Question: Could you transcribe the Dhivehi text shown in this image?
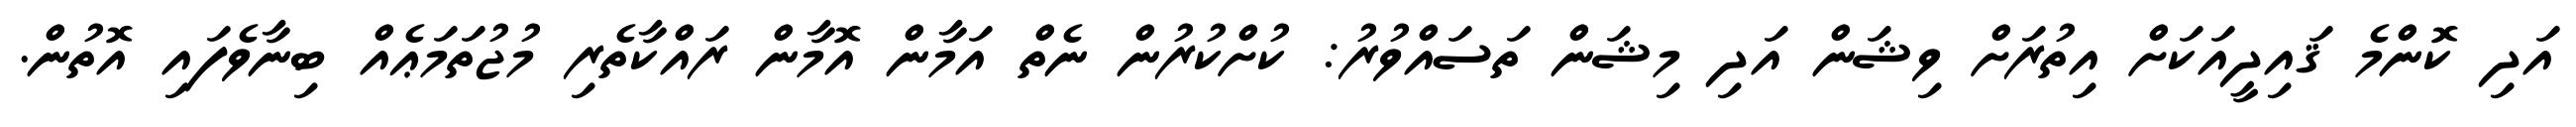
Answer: އަދި ކޮންމެ ޤައިދީއަކަށް އިތުރަށް ވިޝަން އަދި މިޝަން ތަސައްވުރު: ކުށްކުރުން ނެތް އަމާން އޮމާން ރައްކާތެރި މުޖުތަމަޢެއް ބިނާވެފައި އޮތުން.